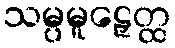
သမ္ပမူဠှေတ္ထ